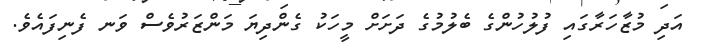
އަދި މުޒާހަރާގައި ފުލުހުންގެ ބެލުމުގެ ދަށަށް މީހަކު ގެންދިޔަ މަންޒަރުވެސް ވަނ ފެނިފައެވެ.